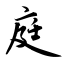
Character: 庭